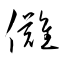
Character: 儺